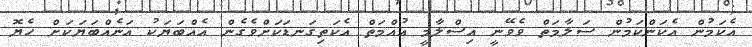
އެކަމުން އެކަންކަމުން ސަލާމަތް ވެވޭނީ އިސްލާމީ އުއްމަތް އެކަތިގަނޑަކަށްވެގެން އެއްބަޔަކު އަނެއްބަޔަކަށް ހެޔޮ